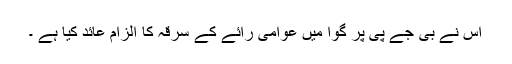
اس نے بی جے پی پر گوا میں عوامی رائے کے سرقہ کا الزام عائد کیا ہے ۔